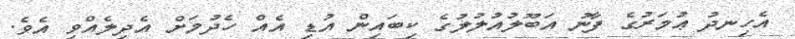
އެހިނދު ޢުމަރުގެ ފާނު އަބޫލުއުލުލުގެ ކިބައިން އުޑި އެއް ހެދުމަށް އެދިލެއްވި އެވެ.